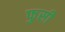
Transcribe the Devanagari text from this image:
फुसी